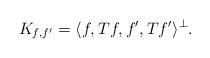
LaTeX: \begin{align*}K_{f,f'} = \langle f, Tf, f',Tf' \rangle^\perp.\end{align*}